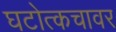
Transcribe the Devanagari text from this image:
घटोत्कचावर